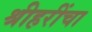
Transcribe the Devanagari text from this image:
श्रीहरींचा